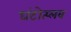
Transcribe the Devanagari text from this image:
घंटोत्प्लव